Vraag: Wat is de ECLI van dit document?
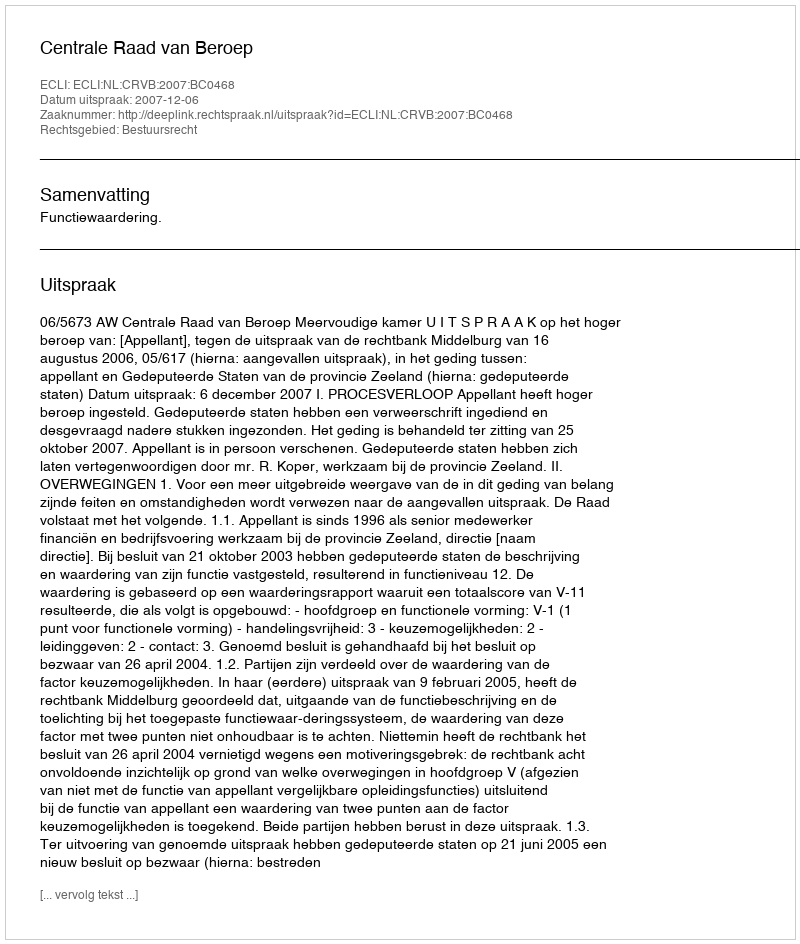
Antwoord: ECLI:NL:CRVB:2007:BC0468